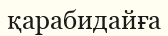
қарабидайға